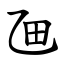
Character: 乪